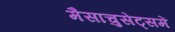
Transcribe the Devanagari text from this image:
मैसाचुसेट्समें